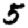
Digit: 5